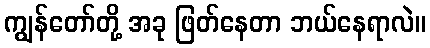
ကျွန်တော်တို့ အခု ဖြတ်နေတာ ဘယ်နေရာလဲ။